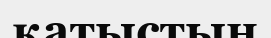
қатыстың